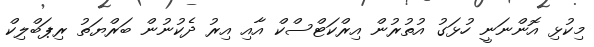
މިކުޅި އޮންނަނީ ހުޅަގު އުތުރުން އިރްކަޓްސްކް އާއި އިރު ދެކުނުން ބަރްޔަތު ރިޕަބްލިކް